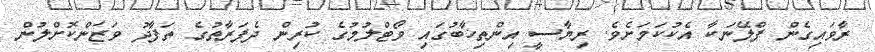
ރާވައިގެން ޕްލޭނަކާ އެކުކަމަށެވެ. ރިޔާސީ އިންތިޚާބުގައި ވޯޓްލުމުގެ ކުރިން ދެފަރާތުގެ ތަފާދު ވަޒަންކޮށްލުން